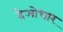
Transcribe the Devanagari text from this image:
देओधार